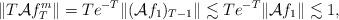
LaTeX: \begin{align*} \| T \mathcal{A} f^m_T \| = T e^{-T} \| (\mathcal{A} f_{1})_{T-1} \| \lesssim T e^{-T} \|\mathcal{A} f_1 \| \lesssim 1, \end{align*}